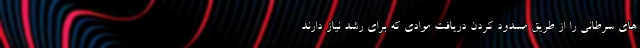
های سرطانی را از طریق مسدود کردن دریافت موادی که برای رشد نیاز دارند